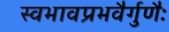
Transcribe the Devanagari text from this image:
स्वभावप्रभवैर्गुणैः